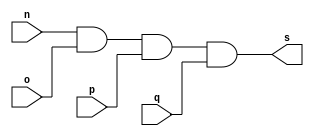
// ------------------------- 
// Exemplo0013 - AND
// Nome: Thauan Velasco 
// ------------------------- 
// --------------------- 
// -- and gate 
// --------------------- 
	module andgate (output s, input n, input o, input p, input q); 
	assign s = n & o & p & q; 
	
	endmodule // and

// --------------------- 
// -- test andgate 
// --------------------- 
	module testandgate; 

// ------------------------- dados locais 
	reg a,b,c,d; // definir registrador 
	wire s; // definir conexao (fio) 
	
// ------------------------- instancia 
	andgate AND1 (s, a, b, c, d); 

// ------------------------- preparacao 
	initial begin:start 
	a=0;
	b=0;
	c=0;
	d=0;
end 

// ------------------------- parte principal 
	initial begin:main 
	$display("Exemplo0013 - Thauan Velasco - 439995"); 
	$display("Test and gate"); 
	$display("\n a & b & c & d = s\n"); 
	$monitor(" %b & %b & %b & %b = %b", a, b, c, d, s); 
	#1 a=0; b=0; c=0; d=0;
	#1 a=0; b=0; c=0; d=1;
	#1 a=0; b=0; c=1; d=0;
	#1 a=0; b=0; c=1; d=1;
	#1 a=0; b=1; c=0; d=0;
	#1 a=0; b=1; c=0; d=1;
	#1 a=0; b=1; c=1; d=1;
	#1 a=1; b=0; c=0; d=0;
	#1 a=1; b=0; c=0; d=1;
	#1 a=1; b=0; c=1; d=0;
	#1 a=1; b=0; c=1; d=1;
	#1 a=1; b=1; c=0; d=0;
	#1 a=1; b=1; c=0; d=1;
	#1 a=1; b=1; c=1; d=0;
	#1 a=1; b=1; c=1; d=1;
end 

endmodule // testandgate